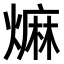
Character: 𤎎